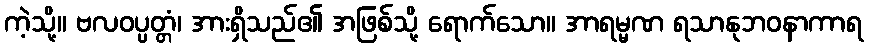
ကဲ့သို့။ ဗလဝပ္ပတ္တံ၊ အားရှိသည်၏ အဖြစ်သို့ ရောက်သော။ အာရမ္မဏ ရသာနုဘဝနာကာရ